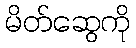
မိတ်ဆွေကို